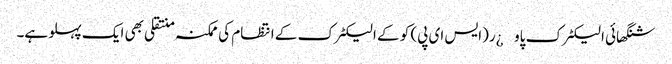
شنگھائی الیکٹرک پاو¿ر(ایس ای پی) کو کے الیکٹرک کے انتظام کی ممکنہ منتقلی بھی ایک پہلو ہے۔